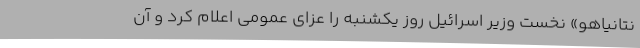
نتانیاهو» نخست وزیر اسرائیل روز یکشنبه را عزای عمومی اعلام کرد و آن